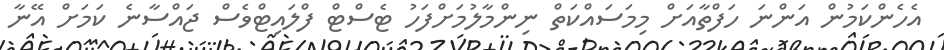
އެހެންކަމުން އަންނަ ހަފްތާއަށް މިމަސައްކަތް ނިންމާލުމަށްފަހު ޓެސްޓް ފްލައިޓްވެސް ޖައްސާނެ ކަމަށް އޭނާ